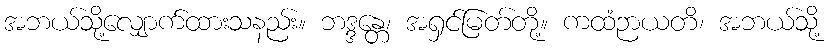
အဘယ်သို့လျှောက်ထားသနည်း။ ဘဒ္ဒန္တေ၊ အရှင်မြတ်တို့။ ကထံဉာယတိ၊ အဘယ်သို့